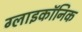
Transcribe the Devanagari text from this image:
ग्लाइकॉनिक